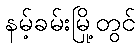
နမ့်ခမ်းမြို့တွင်